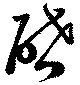
啓